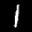
Label: 1